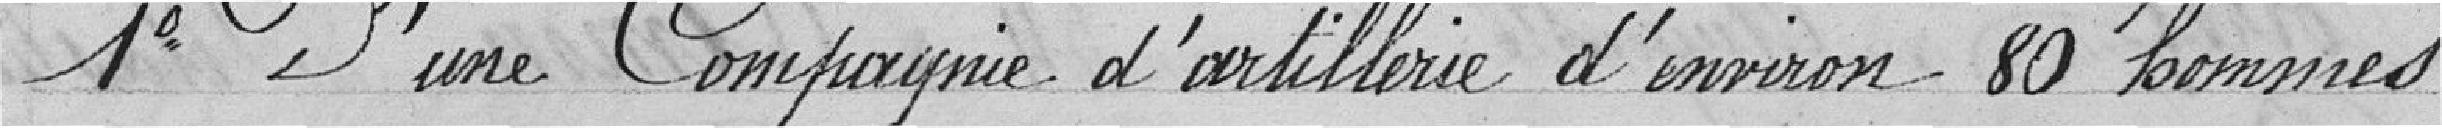
1° d'une compagnie d'artillerie d'environ 80 hommes